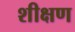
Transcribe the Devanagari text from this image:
शीक्षण